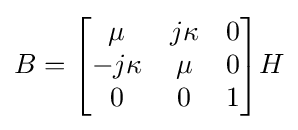
B={\begin{bmatrix}\mu &j\kappa &0\\-j\kappa &\mu &0\\0&0&1\end{bmatrix}}H